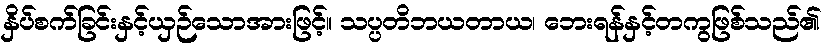
နှိပ်စက်ခြင်းနှင့်ယှဉ်သောအားဖြင့်။ သပ္ပတိဘယတာယ၊ ဘေးရန်နှင့်တကွဖြစ်သည်၏